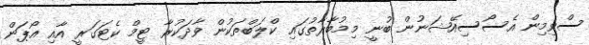
ސްވިމިން އެސޯސިއޭޝަނުން ބުނީ މިމުބާރާތުގައި ކްލަބްތަކުން ވާދަކުރާ ޓީމް ކެޓަގަރީ އާއި އޯޕަން